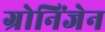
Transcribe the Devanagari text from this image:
ग्रोनिंजेन